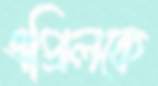
এপ্রিলকে